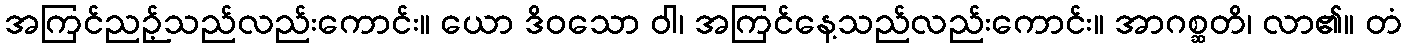
အကြင်ညဉ့်သည်လည်းကောင်း။ ယော ဒိဝသော ဝါ၊ အကြင်နေ့သည်လည်းကောင်း။ အာဂစ္ဆတိ၊ လာ၏။ တံ